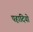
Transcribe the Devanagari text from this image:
पहादियो